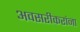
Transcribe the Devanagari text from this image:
अवसरीकरांना